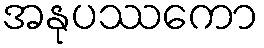
အနုပဿကော